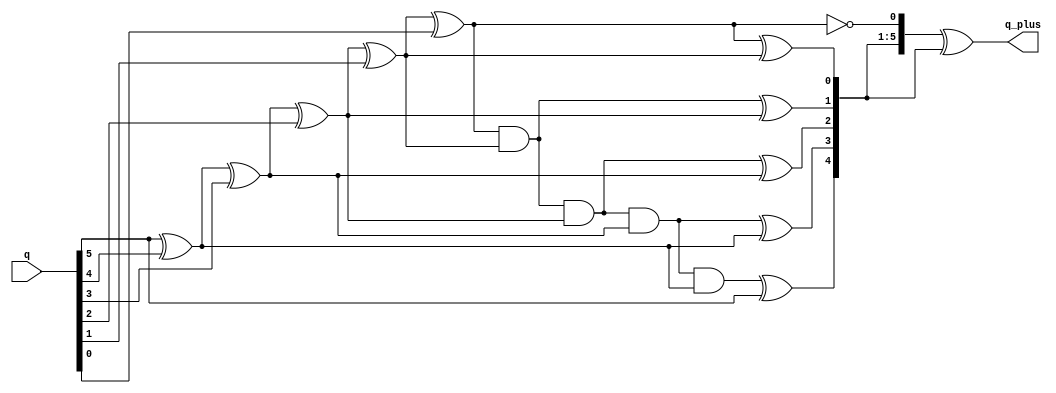
// Copyright 2007 Altera Corporation. All rights reserved.  
// Altera products are protected under numerous U.S. and foreign patents, 
// maskwork rights, copyrights and other intellectual property laws.  
//
// This reference design file, and your use thereof, is subject to and governed
// by the terms and conditions of the applicable Altera Reference Design 
// License Agreement (either as signed by you or found at www.altera.com).  By
// using this reference design file, you indicate your acceptance of such terms
// and conditions between you and Altera Corporation.  In the event that you do
// not agree with such terms and conditions, you may not use the reference 
// design file and please promptly destroy any copies you have made.
//
// This reference design file is being provided on an "as-is" basis and as an 
// accommodation and therefore all warranties, representations or guarantees of 
// any kind (whether express, implied or statutory) including, without 
// limitation, warranties of merchantability, non-infringement, or fitness for
// a particular purpose, are specifically disclaimed.  By making this reference
// design file available, Altera expressly does not recommend, suggest or 
// require that this reference design file be used in combination with any 
// other product not provided by Altera.
/////////////////////////////////////////////////////////////////////////////

// baeckler - 06-30-2006

////////////////////////////////////////////
// Gray to bin, increment, back to gray 
//   in pure comb logic
////////////////////////////////////////////
module gray_plus_one (
	q,
	q_plus
);

parameter WIDTH = 6;

input [WIDTH-1:0] q;
output [WIDTH-1:0] q_plus;

	// Convert Q to binary wires
	//
	wire [WIDTH-1:0] q_to_bin;
	assign q_to_bin[WIDTH-1] = q[WIDTH-1];
	genvar i;
	generate
	for (i=WIDTH-2; i>=0; i=i-1)
	  begin: gry_to_bin
		assign q_to_bin[i] = q_to_bin[i+1] ^ q[i];
	  end
	endgenerate

	// increment the binary wires for q+
	// do it in gates, not a real + to encourage flattening
	//
	wire [WIDTH-1:0] inc_q;
	wire [WIDTH-1:0] inc_q_cout;
	assign inc_q[0] = !q_to_bin[0];
	assign inc_q_cout[0] = q_to_bin[0];
	generate
	for (i=1; i<WIDTH; i=i+1)
	  begin: plus_one
		assign inc_q[i] = inc_q_cout[i-1] ^ q_to_bin[i];
		assign inc_q_cout[i] = inc_q_cout[i-1] & q_to_bin[i];
	  end
	endgenerate

	// convert back to gray
	//
	assign q_plus = inc_q ^ (inc_q >> 1);

endmodule

////////////////////////////////////////////
// Gray counter
//   using simple comb logic
////////////////////////////////////////////
module gray_cntr (
	clk,
	rst,
	ena,
	sclr,
	q
);

parameter WIDTH = 20;

input clk,rst,ena,sclr;
output [WIDTH-1:0] q;

	reg [WIDTH-1:0] q;
	wire [WIDTH-1:0] q_plus;

	gray_plus_one gp (.q(q),.q_plus(q_plus));
	defparam gp .WIDTH = WIDTH;

	// handle the counter update
	always @(posedge clk or posedge rst) begin
		if (rst) begin
			q <= 0;
		end
		else begin
			if (ena) begin
				if (sclr) q <= 0;
				else q <= q_plus;
			end
		end
	end
endmodule